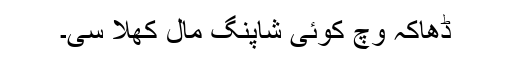
ڈھاکہ وچ کوئی شاپنگ مال کھلا سی۔